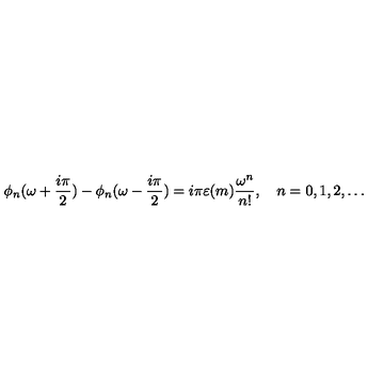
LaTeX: \phi _ { n } ( \omega + \frac { i \pi } { 2 } ) - \phi _ { n } ( \omega - \frac { i \pi } { 2 } ) = i \pi \varepsilon ( m ) \frac { \omega ^ { n } } { n ! } , \quad n = 0 , 1 , 2 , \dots